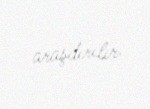
araşdırılır.